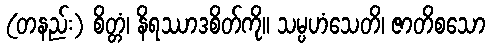
(တနည်း) စိတ္တံ၊ နိရဿာဒစိတ်ကို။ သမ္ပဟံသေတိ၊ ဇာတိစသော